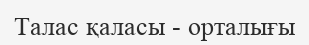
Талас қаласы - орталығы